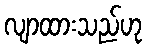
လျာထားသည်ဟု